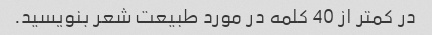
در کمتر از 40 کلمه در مورد طبیعت شعر بنویسید.